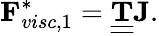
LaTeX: \mathbf{F}_{visc,1}^{*}=\underline{{\underline{{\mathbf T}}}}\mathbf{J}.